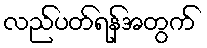
လည်ပတ်ရန်အတွက်